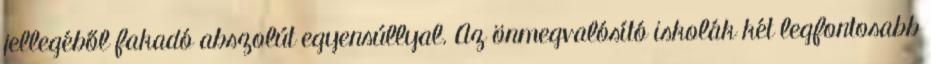
jellegéből fakadó abszolút egyensúllyal. Az önmegvalósító iskolák két legfontosabb